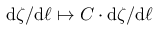
\mathrm { d } \zeta / \mathrm { d } \ell \mapsto C \cdot \mathrm { d } \zeta / \mathrm { d } \ell